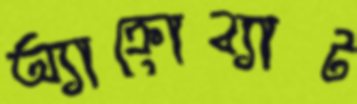
অ্যাক্রোব্যাট